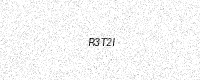
Text: R3T2I